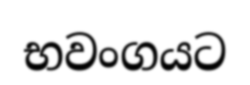
භවංගයට